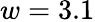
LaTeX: w=3.1